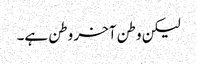
لیکن وطن آخر وطن ہے۔